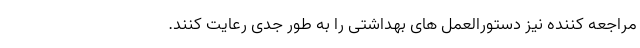
مراجعه کننده نیز دستورالعمل های بهداشتی را به طور جدی رعایت کنند.